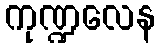
ကုဏ္ဍလေန